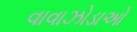
વાવાઝોડાઓ